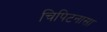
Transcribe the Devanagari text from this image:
चिपिटनासा